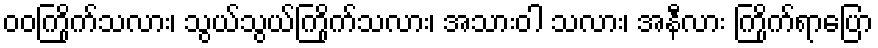
ဝဝကြိုက်သလား၊ သွယ်သွယ်ကြိုက်သလား၊ အသားဝါ သလား၊ အနီလား ကြိုက်ရာပြော